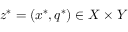
z ^ { * } = ( x ^ { * } , q ^ { * } ) \in X \times Y